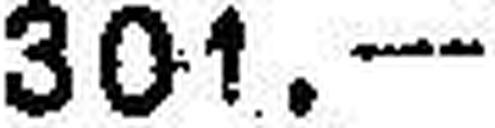
301.—